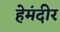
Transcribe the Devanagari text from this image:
हेमंदीर